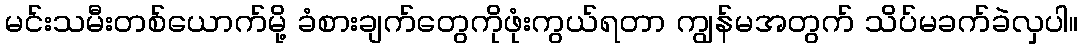
မင်းသမီးတစ်ယောက်မို့ ခံစားချက်တွေကိုဖုံးကွယ်ရတာ ကျွန်မအတွက် သိပ်မခက်ခဲလှပါ။